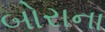
બોરાના